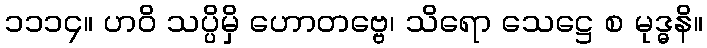
၁၁၁၄။ ဟဝိ သပ္ပိမှိ ဟောတဗ္ဗေ၊ သိရော သေဋ္ဌေ စ မုဒ္ဓနိ။